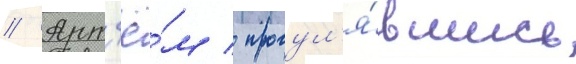
// Арт'ё́м / прогул'я́вшись